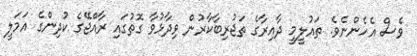
ވެސް އެހެންނެވެ. ތައުލީމީ ދާއިރާގެ ތަޖުރިބާކާރުން ވިދާޅުވާ ގޮތުގައި ރާއްޖޭގެ ކުދިންގެ އަމަލީ